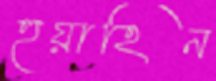
হুয়াহিন